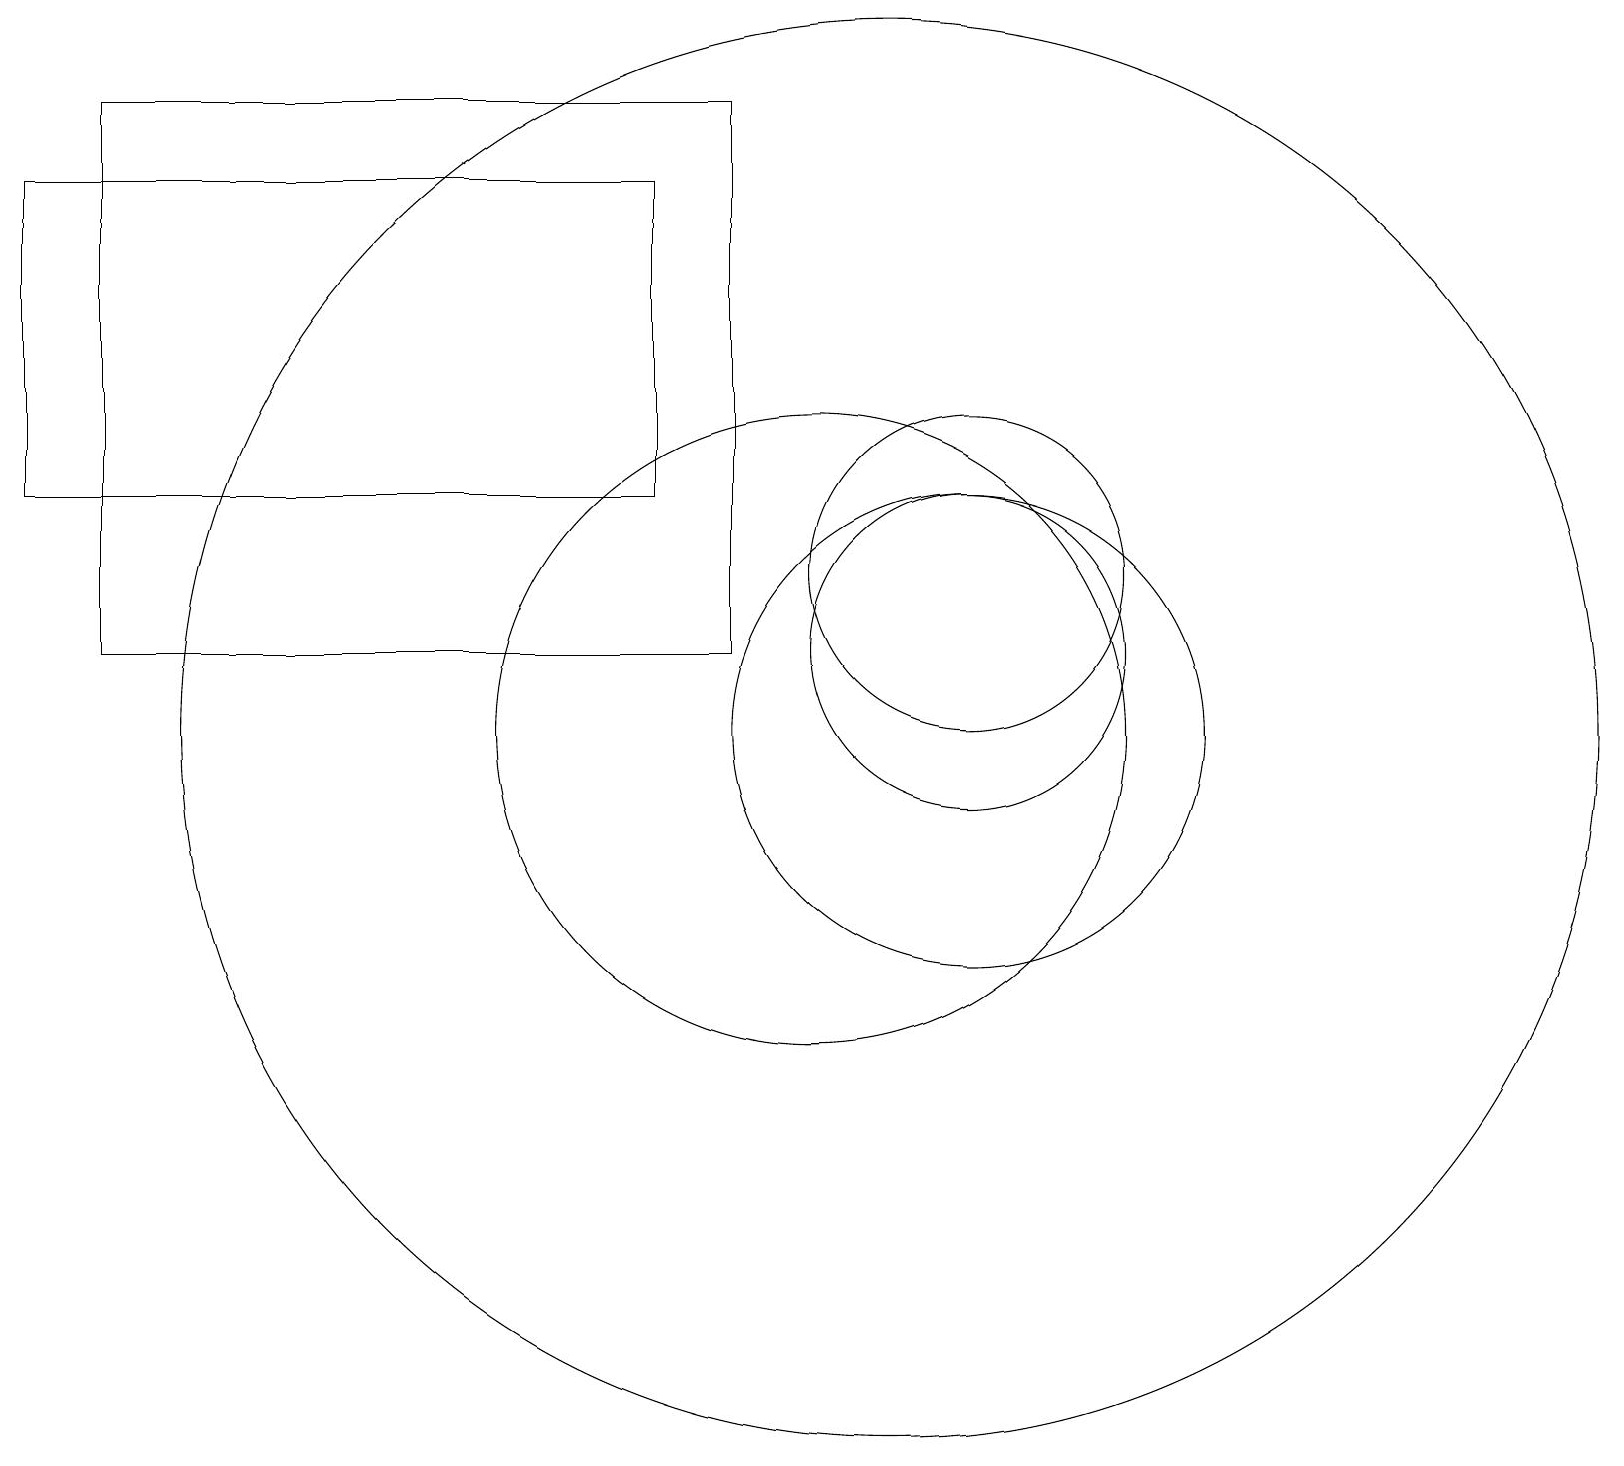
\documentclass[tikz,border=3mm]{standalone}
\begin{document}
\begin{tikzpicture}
\draw (12,11) circle (2);
\draw (12,10) circle (3);
\draw (12,12) circle (2);
\draw (10,10) circle (4);
\draw (11,10) circle (9);
\draw (1,11) rectangle (9,18);
\draw (0,17) rectangle (8,13);
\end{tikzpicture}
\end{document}